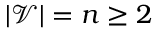
| \mathcal { V } | = n \ge 2